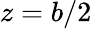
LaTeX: z=b/2